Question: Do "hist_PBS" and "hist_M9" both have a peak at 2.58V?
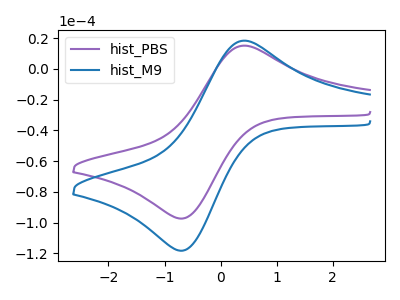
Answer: <think>The purple curve "hist_PBS" has an anodic peak at (0.40V, 15.10uA) and a cathodic peak at (-0.70V, -97.35uA). The blue curve "hist_M9" has an anodic peak at (0.40V, 18.30uA) and a cathodic peak at (-0.70V, -118.25uA).</think>
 <answer>No, "hist_PBS" and "hist_M9" dont share a peak at 2.58V.</answer>
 <eval>mismatch</eval>